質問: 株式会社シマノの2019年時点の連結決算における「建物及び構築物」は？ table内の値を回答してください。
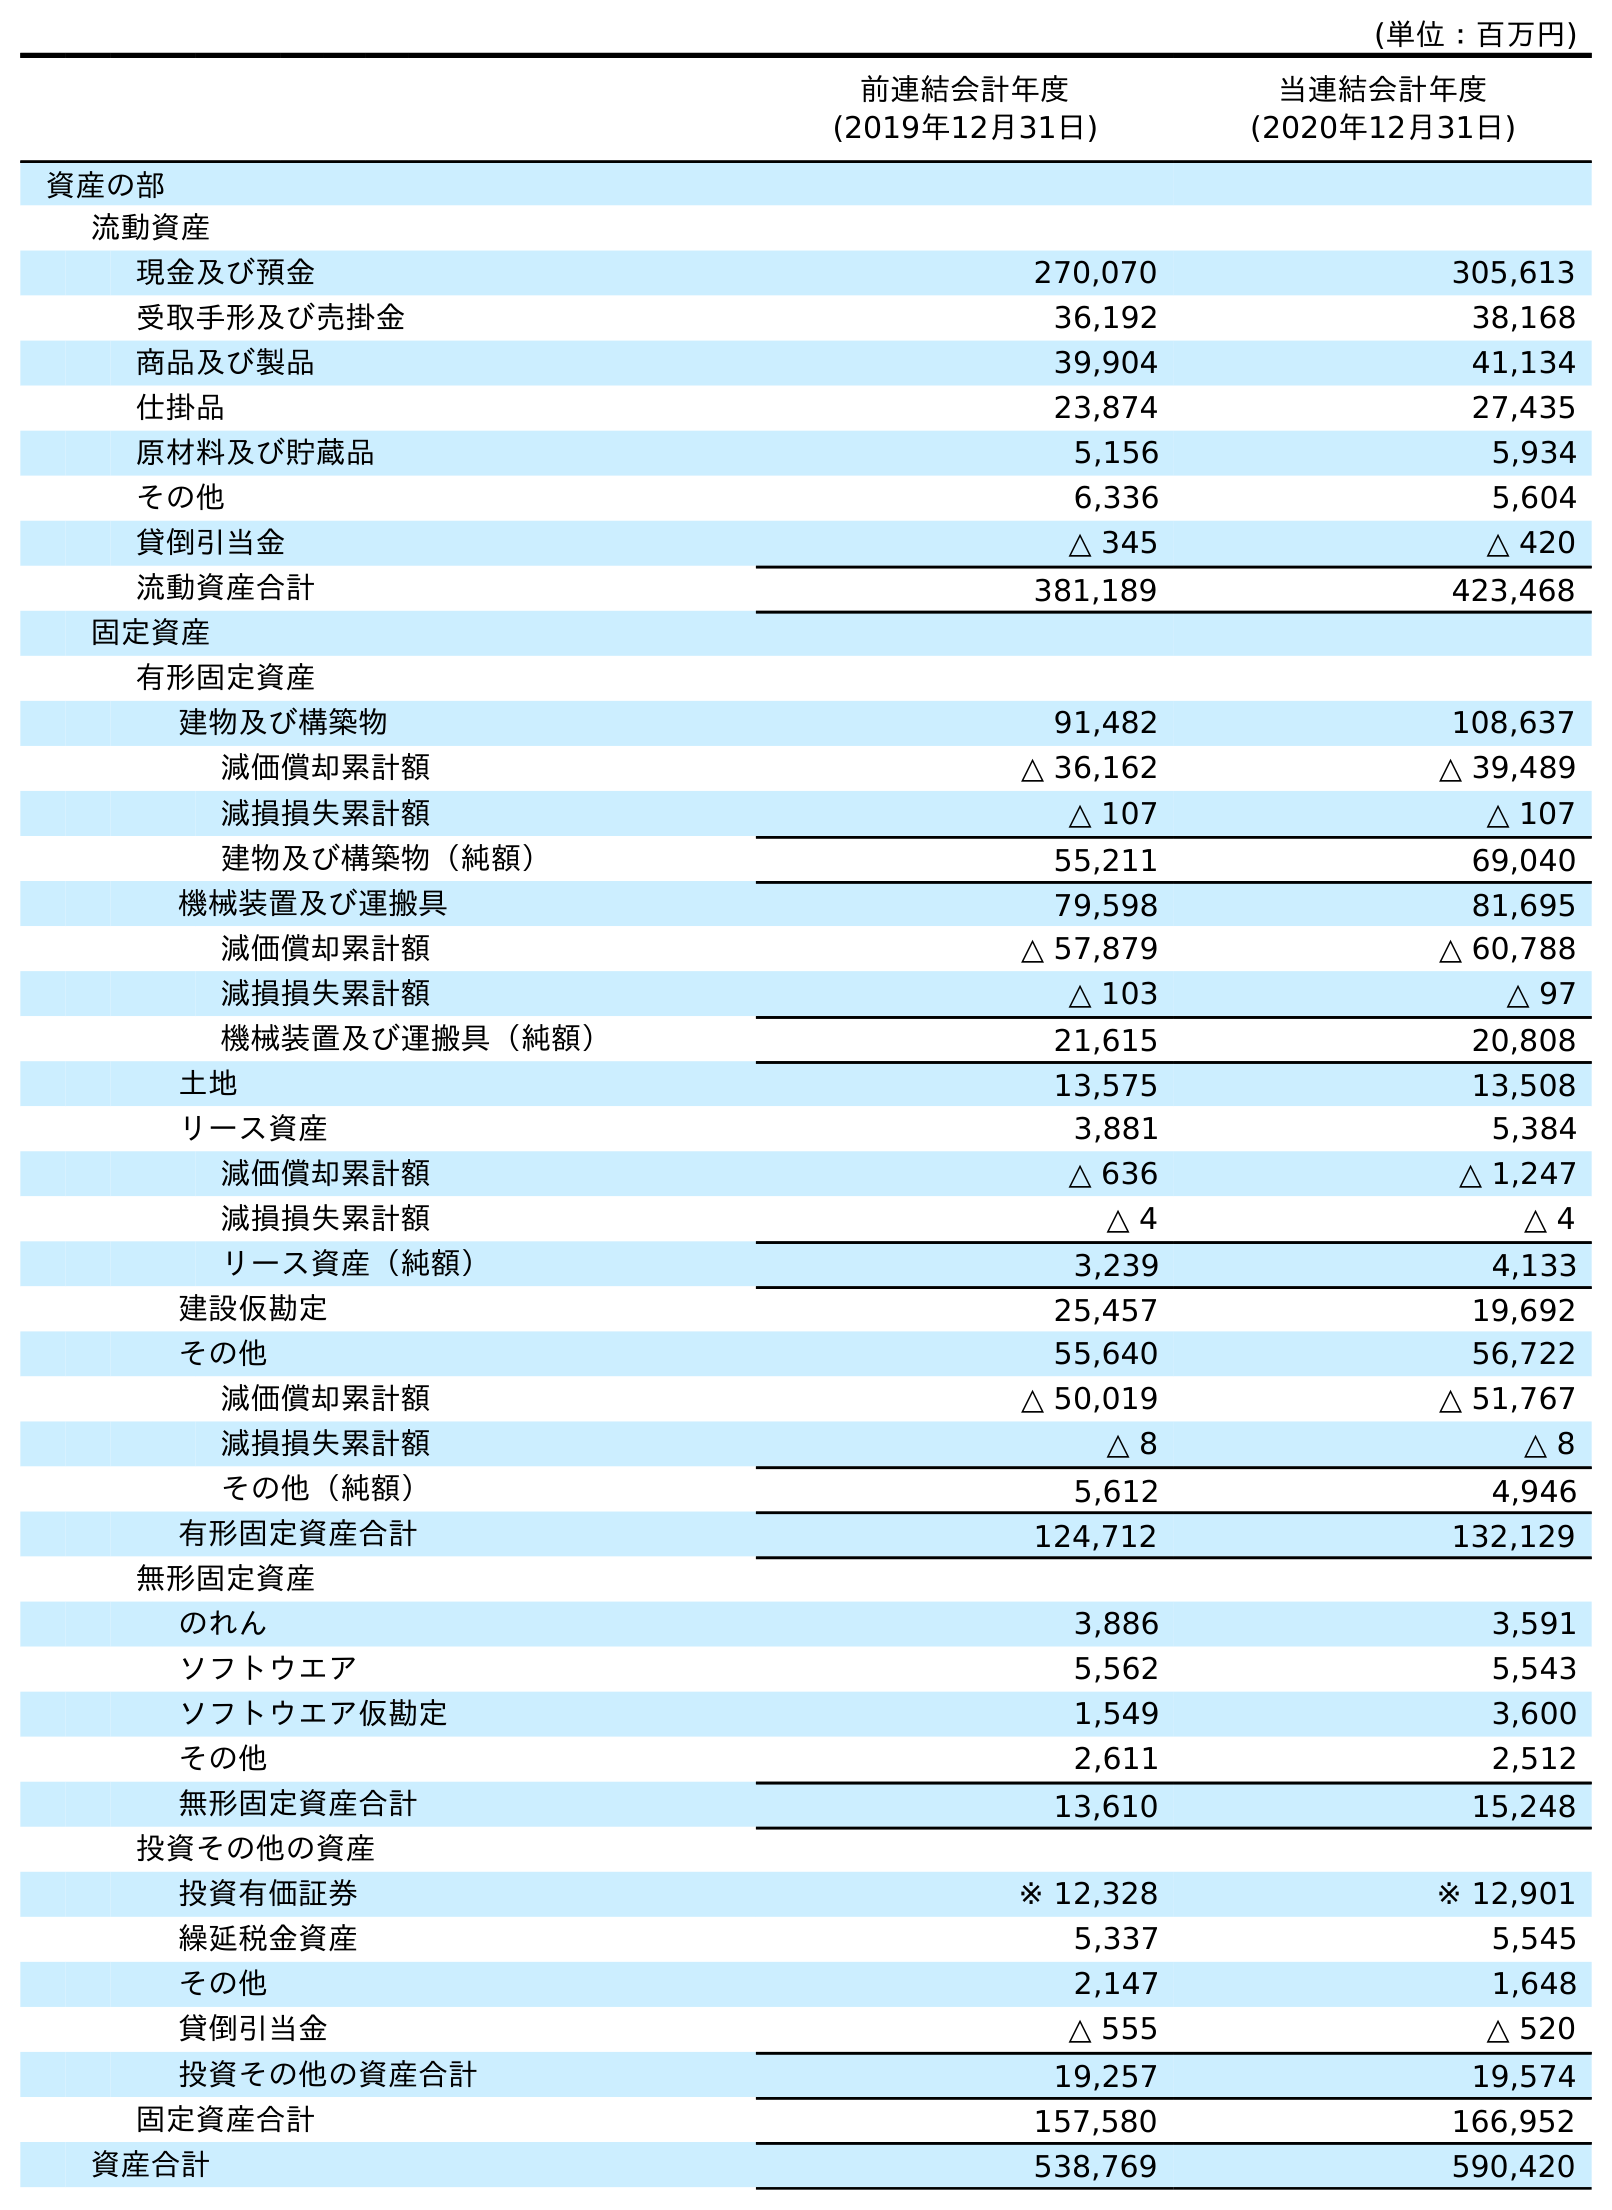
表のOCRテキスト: (単位：百万円) 前連結会計年度 (2019年12月31日) 当連結会計年度 (2020年12月31日) 資産の部 流動資産 現金及び預金 270,070 305,613 受取手形及び売掛金 36,192 38,168 商品及び製品 39,904 41,134 仕掛品 23,874 27,435 原材料及び貯蔵品 5,156 5,934 その他 6,336 5,604 貸倒引当金 △ 345 △ 420 流動資産合計 381,189 423,468 固定資産 有形固定資産 建物及び構築物 91,482 108,637 減価償却累計額 △ 36,162 △ 39,489 減損損失累計額 △ 107 △ 107 建物及び構築物（純額） 55,211 69,040 機械装置及び運搬具 79,598 81,695 減価償却累計額 △ 57,879 △ 60,788 減損損失累計額 △ 103 △ 97 機械装置及び運搬具（純額） 21,615 20,808 土地 13,575 13,508 リース資産 3,881 5,384 減価償却累計額 △ 636 △ 1,247 減損損失累計額 △ 4 △ 4 リース資産（純額） 3,239 4,133 建設仮勘定 25,457 19,692 その他 55,640 56,722 減価償却累計額 △ 50,019 △ 51,767 減損損失累計額 △ 8 △ 8 その他（純額） 5,612 4,946 有形固定資産合計 124,712 132,129 無形固定資産 のれん 3,886 3,591 ソフトウエア 5,562 5,543 ソフトウエア仮勘定 1,549 3,600 その他 2,611 2,512 無形固定資産合計 13,610 15,248 投資その他の資産 投資有価証券 ※ 12,328 ※ 12,901 繰延税金資産 5,337 5,545 その他 2,147 1,648 貸倒引当金 △ 555 △ 520 投資その他の資産合計 19,257 19,574 固定資産合計 157,580 166,952 資産合計 538,769 590,420
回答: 91,482